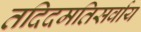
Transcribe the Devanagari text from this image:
तदिदमतिसर्वाय